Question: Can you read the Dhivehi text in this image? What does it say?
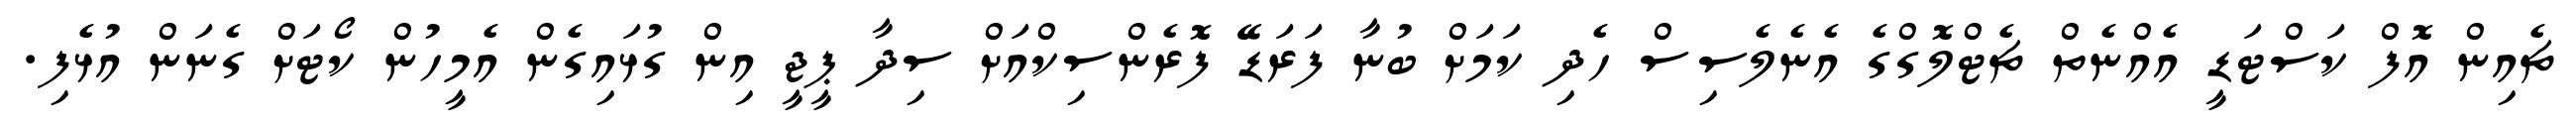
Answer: ޗެއިން އޮފް ކަސްޓަޑީ އެއްނެތް ޗެޓްލޮގްގެ އެނެލެސިސް ހެދި ކަމަށް ބުނާ ފަރަޑޭ ފޮރެންސިކްއަށް ސިދާ ޕީޖީ އިން ގުޅައިގެން އެމީހުން ކޯޓަށް ގެނަން އުޅެފި.